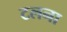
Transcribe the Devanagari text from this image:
टलना